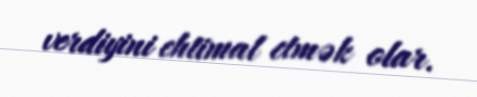
verdiyini ehtimal etmək olar.